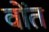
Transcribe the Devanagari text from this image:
वोंत